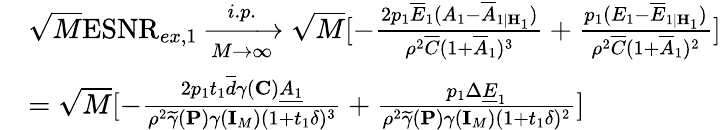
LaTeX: \begin{array}{rl}&{\sqrt{M}\mathrm{ESNR}_{ex,1}\xrightarrow[M\rightarrow\infty]{i.p.}\sqrt{M}[-\frac{2p_{1}\overline{{E}}_{1}(A_{1}-\overline{{A}}_{1|{\mathbf{H}}_{1}})}{\rho^{2}\overline{{C}}(1+\overline{{A}}_{1})^{3}}+\frac{p_{1}(E_{1}-\overline{{E}}_{1|{\mathbf{H}}_{1}})}{\rho^{2}\overline{{C}}(1+\overline{{A}}_{1})^{2}}]}\\ &{=\sqrt{M}[-\frac{2p_{1}t_{1}\overline{{d}}\gamma({\mathbf{C}})\underline{{A_{1}}}}{\rho^{2}\widetilde{\gamma}({\mathbf{P}})\gamma({\mathbf{I}}_{M})(1+t_{1}\delta)^{3}}+\frac{p_{1}\Delta\underline{{E}}_{1}}{\rho^{2}\widetilde{\gamma}({\mathbf{P}})\gamma({\mathbf{I}}_{M})(1+t_{1}\delta)^{2}}]}\end{array}